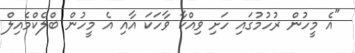
"އެ މީހުން ރުހުމުގައި ހަށި ވިއްކާ ވާހަކަ އާއި އެ މީހުން ބްލެކްމެއިލް